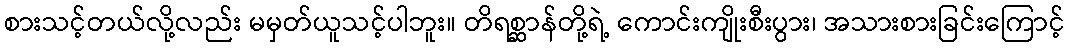
စားသင့်တယ်လို့လည်း မမှတ်ယူသင့်ပါဘူး။ တိရစ္ဆာန်တို့ရဲ့ ကောင်းကျိုးစီးပွား၊ အသားစားခြင်းကြောင့်